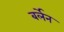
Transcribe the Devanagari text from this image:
बर्लेन